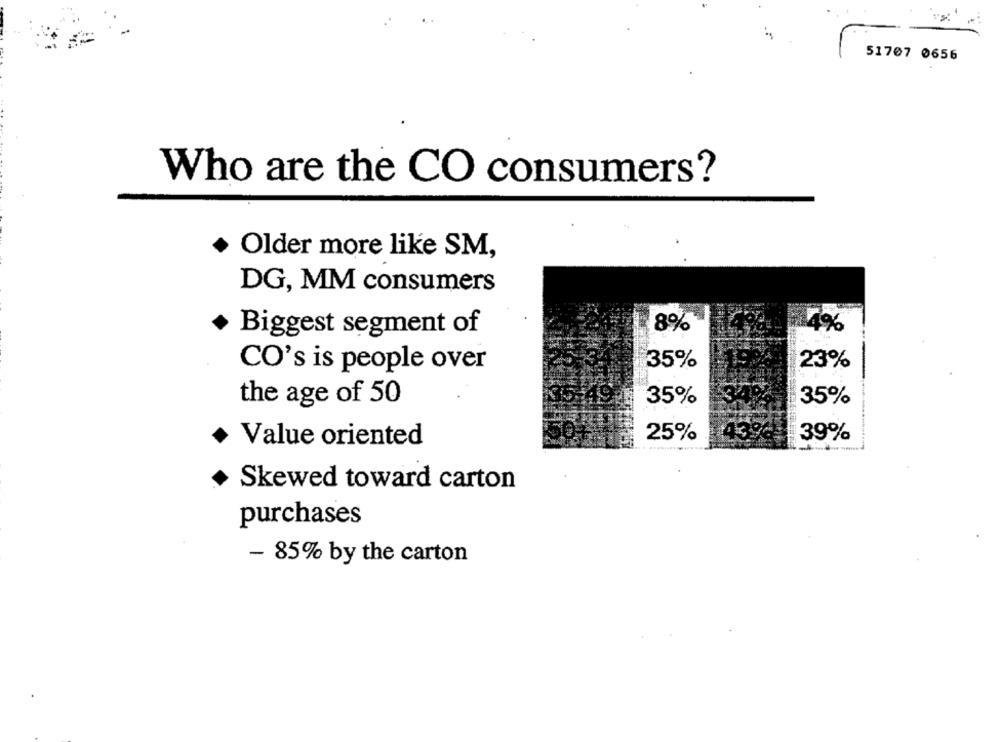
51707 0656
Who are the CO consumers?
Older more like SM,
DG, MM consumers
14%
Biggest segment of
8%
35%
23%
CO's is people over
35%
35%
the age of 50
25%
39%
Value oriented
Skewed toward carton
purchases
- 85% by the carton